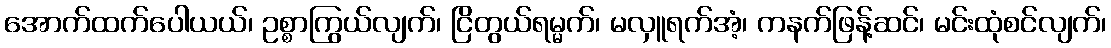
အောက်ထက်ပေါယယ်၊ ဥစ္စာကြွယ်လျက်၊ ငြိတွယ်ရမ္မက်၊ မလှူရက်အံ့၊ ကနက်ဖြန့်ဆင်၊ မင်းထုံစင်လျက်၊